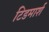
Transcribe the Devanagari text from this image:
टिडमार्श